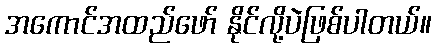
အကောင်အထည်ဖော် နိုင်လို့ပဲဖြစ်ပါတယ်။